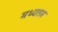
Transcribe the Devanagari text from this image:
मध्यतम